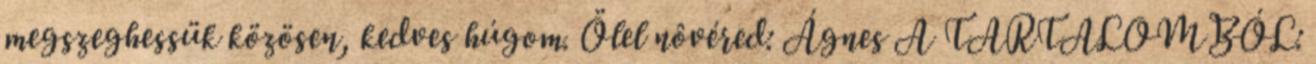
megszeghessük közösen, kedves húgom. Ölel nôvéred: Ágnes A TARTALOMBÓL: